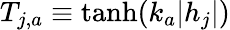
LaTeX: T_{j,a}\equiv\operatorname{tanh}(k_{a}|h_{j}|)